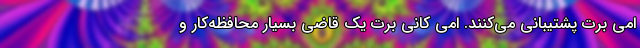
امی برت پشتیبانی می‌کنند. امی کانی برت یک قاضی بسیار محافظه‌کار و